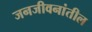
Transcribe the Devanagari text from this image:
जनजीवनांतील